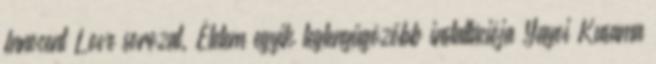
Innocent Love sorozat. Életem egyik leglenyűgözőbb installációja Yayoi Kusama